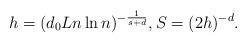
LaTeX: \begin{align*}h= (d_0Ln\ln n)^{-\frac{1}{s+d}}, S= (2h)^{-d}.\end{align*}